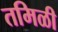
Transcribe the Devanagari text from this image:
तमिळी